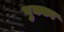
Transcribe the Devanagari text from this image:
पुक्का